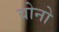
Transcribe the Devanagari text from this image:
वोनो